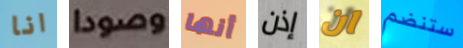
انا وصودا أنها إذن ان ستنضم